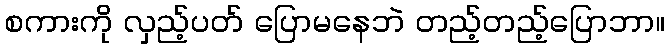
စကားကို လှည့်ပတ် ပြောမနေဘဲ တည့်တည့်ပြောဘာ။